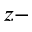
z -